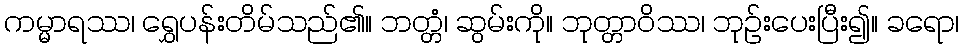
ကမ္မာရဿ၊ ရွှေပန်းတိမ်သည်၏။ ဘတ္တံ၊ ဆွမ်းကို။ ဘုတ္တာဝိဿ၊ ဘုဉ်းပေးပြီး၍။ ခရော၊